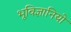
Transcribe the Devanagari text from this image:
भूविज्ञानियो